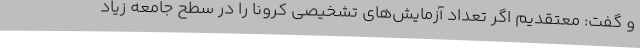
و گفت: معتقدیم اگر تعداد آزمایش‌های تشخیصی کرونا را در سطح جامعه زیاد